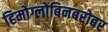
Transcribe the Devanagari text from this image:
हिमोग्लोबिनबरोबर